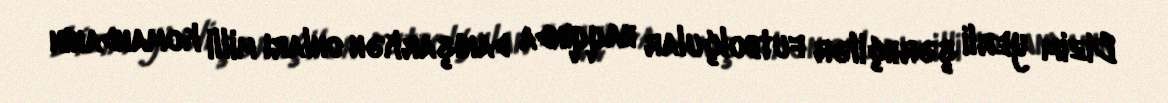
Bizim yerli şərhçilər futbolçular haqqında danışarkən onları milli komandanın